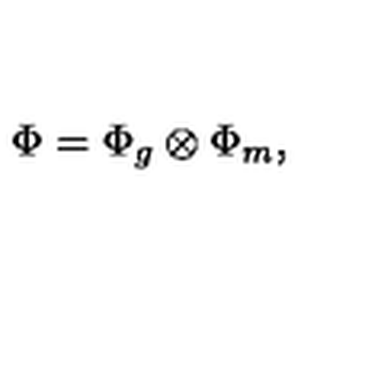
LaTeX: \Phi = \Phi _ { g } \otimes \Phi _ { m } ,